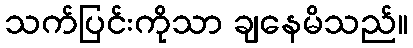
သက်ပြင်းကိုသာ ချနေမိသည်။